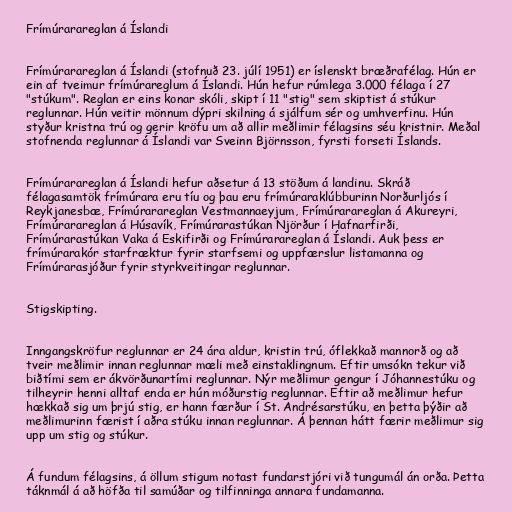
Frímúrarareglan á Íslandi

Frímúrarareglan á Íslandi (stofnuð 23. júlí 1951) er íslenskt bræðrafélag. Hún er
ein af tveimur frímúrareglum á Íslandi. Hún hefur rúmlega 3.000 félaga í 27
"stúkum". Reglan er eins konar skóli, skipt í 11 "stig" sem skiptist á stúkur
reglunnar. Hún veitir mönnum dýpri skilning á sjálfum sér og umhverfinu. Hún
styður kristna trú og gerir kröfu um að allir meðlimir félagsins séu kristnir. Meðal
stofnenda reglunnar á Íslandi var Sveinn Björnsson, fyrsti forseti Íslands.

Frímúrarareglan á Íslandi hefur aðsetur á 13 stöðum á landinu. Skráð
félagasamtök frímúrara eru tíu og þau eru frímúraraklúbburinn Norðurljós í
Reykjanesbæ, Frímúrarareglan Vestmannaeyjum, Frímúrarareglan á Akureyri,
Frímúrarareglan á Húsavík, Frímúrarastúkan Njörður í Hafnarfirði,
Frímúrarastúkan Vaka á Eskifirði og Frímúrarareglan á Íslandi. Auk þess er
frímúrarakór starfræktur fyrir starfsemi og uppfærslur listamanna og
Frímúrarasjóður fyrir styrkveitingar reglunnar.

Stigskipting.

Inngangskröfur reglunnar er 24 ára aldur, kristin trú, óflekkað mannorð og að
tveir meðlimir innan reglunnar mæli með einstaklingnum. Eftir umsókn tekur við
biðtími sem er ákvörðunartími reglunnar. Nýr meðlimur gengur í Jóhannestúku og
tilheyrir henni alltaf enda er hún móðurstig reglunnar. Eftir að meðlimur hefur
hækkað sig um þrjú stig, er hann færður í St. Andrésarstúku, en þetta þýðir að
meðlimurinn færist í aðra stúku innan reglunnar. Á þennan hátt færir meðlimur sig
upp um stig og stúkur.

Á fundum félagsins, á öllum stigum notast fundarstjóri við tungumál án orða. Þetta
táknmál á að höfða til samúðar og tilfinninga annara fundamanna.